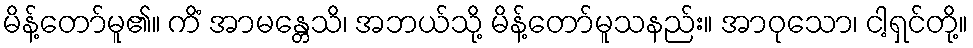
မိန့်တော်မူ၏။ ကိံ အာမန္တေသိ၊ အဘယ်သို့ မိန့်တော်မူသနည်း။ အာဝုသော၊ ငါ့ရှင်တို့။